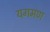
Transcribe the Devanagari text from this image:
यगमण